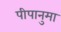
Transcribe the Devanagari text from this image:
पीपानुमा